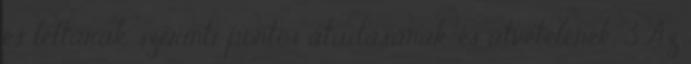
és leltárak szerinti pontos átadásának és átvételének. 3 Az